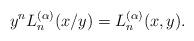
LaTeX: \begin{align*}y^n L_n^{(\alpha)}(x/y)=L_n^{(\alpha)}(x,y).\end{align*}